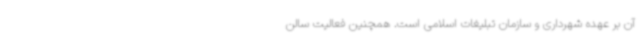
آن بر عهده شهرداری و سازمان تبلیغات اسلامی است. همچنین فعالیت سالن